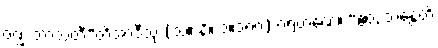
ဝဏ္ဏံ ဘာသတီ”တိအာဒီသု (သံ။ နိ။ ၁။၁၈၇) ဂရဟဏေ။ “ဧဝံ, ဘန္တေတိ